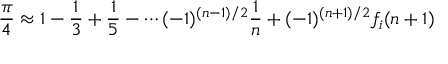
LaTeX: { \frac { \pi } { 4 } } \approx 1 - { \frac { 1 } { 3 } } + { \frac { 1 } { 5 } } - \cdots ( - 1 ) ^ { ( n - 1 ) / 2 } { \frac { 1 } { n } } + ( - 1 ) ^ { ( n + 1 ) / 2 } f _ { i } ( n + 1 )